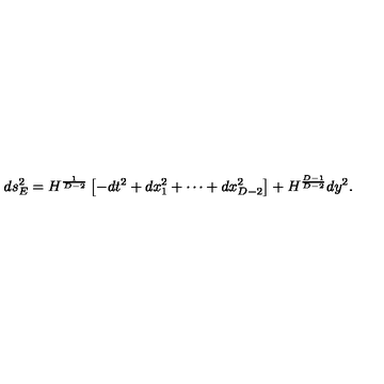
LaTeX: d s _ { E } ^ { 2 } = H ^ { \frac { 1 } { D - 2 } } \left[ - d t ^ { 2 } + d x _ { 1 } ^ { 2 } + \cdots + d x _ { D - 2 } ^ { 2 } \right] + H ^ { \frac { D - 1 } { D - 2 } } d y ^ { 2 } .